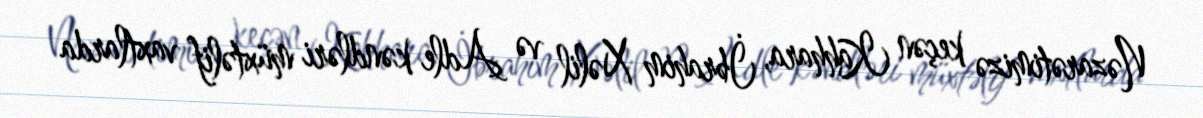
Nəzarətimizə keçən Kahhara, İbrahim Xəlil və Adle kəndləri müxtəlif vaxtlarda